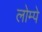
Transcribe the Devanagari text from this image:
लोम्पे